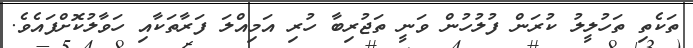
ތަކެތި ތަހުލީލު ކުރަން ފުލުހުން ވަނީ ތަޖުރިބާ ހުރި އަމިއްލަ ފަރާތަކާއި ހަވާލުކޮށްފައެވެ.